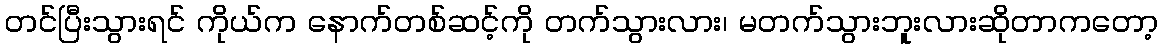
တင်ပြီးသွားရင် ကိုယ်က နောက်တစ်ဆင့်ကို တက်သွားလား၊ မတက်သွားဘူးလားဆိုတာကတော့